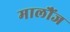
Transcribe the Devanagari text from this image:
मालौंज